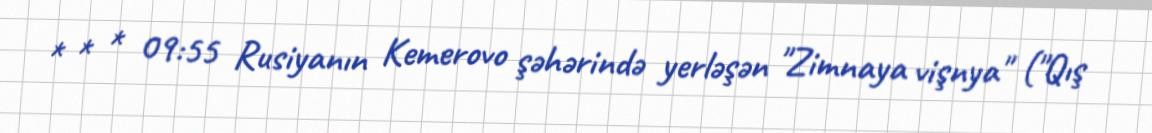
* * * 09:55 Rusiyanın Kemerovo şəhərində yerləşən "Zimnaya vişnya" ("Qış